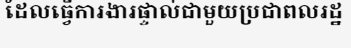
ដែលធ្វើការងារផ្ទាល់ជាមួយប្រជាពលរដ្ឋ